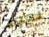
نعود